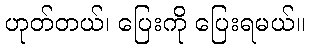
ဟုတ်တယ်၊ ပြေးကို ပြေးရမယ်။